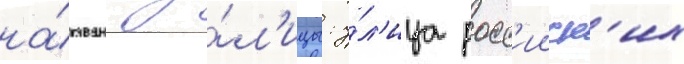
на́званы у́л'ицы: у́л'ица росс'ииск'их